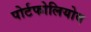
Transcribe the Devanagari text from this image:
पोर्टफोलियोव